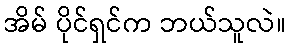
အိမ် ပိုင်ရှင်က ဘယ်သူလဲ။